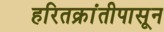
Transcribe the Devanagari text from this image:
हरितक्रांतीपासून